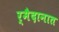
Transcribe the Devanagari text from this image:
र्मैदानात